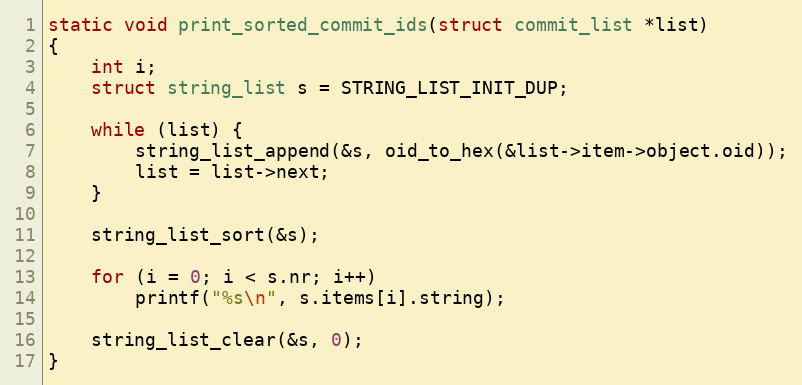
Language: C
static void print_sorted_commit_ids(struct commit_list *list)
{
	int i;
	struct string_list s = STRING_LIST_INIT_DUP;

	while (list) {
		string_list_append(&s, oid_to_hex(&list->item->object.oid));
		list = list->next;
	}

	string_list_sort(&s);

	for (i = 0; i < s.nr; i++)
		printf("%s\n", s.items[i].string);

	string_list_clear(&s, 0);
}